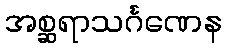
အစ္ဆရာသင်္ဂဏေန